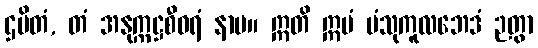
ဌပိတံ, တံ အနုက္ကဋ္ဌစီဝရံ နာမ။ ဣတိ ဣမံ ပံသုကူလဘေဒံ ဉတွာ